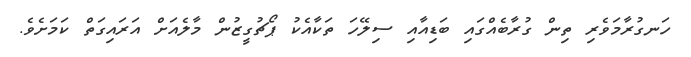
ހަނގުރާމަވެރި ތިން ގުރާބެއްގައި ބަޑިއާއި ސިލޭހަ ތަކާއެކު ޕޯޗުގީޒުން މާލެއަށް އަރައިގަތް ކަމަށެވެ.